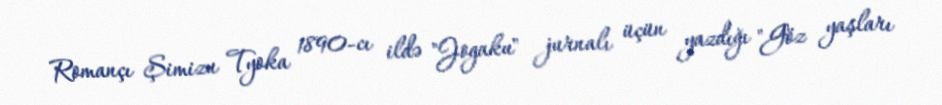
Romançı Şimizu Tyoka 1890-cı ildə "Jogaku" jurnalı üçün yazdığı "Göz yaşları